Source: Handwritten
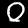
Digit: ၀ (0)